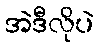
အဲဒီလိုပဲ